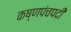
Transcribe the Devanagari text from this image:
कष्णपंचपदी